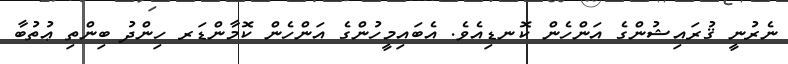
ނެރުނީ ޤުރައިޝުންގެ އަންހެން ކޮނޑިއެވެ. އެބައިމީހުންގެ އަންހެން ކޮމާންޑަރ ހިންދު ބިންތި ޢުތުބާ